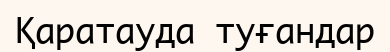
Қаратауда туғандар